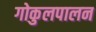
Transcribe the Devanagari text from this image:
गोकुलपालन